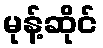
မုန့်ဆိုင်